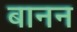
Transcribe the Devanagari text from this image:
बानन